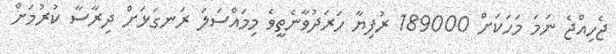
ޖެހިއްޖެ ނަމަ މަހަކަށް 189000 ރުފިޔާ ހަރަދުވާނެތީވެ މިމައްސަލަ ރަނގަޅަށް ދިރާސާ ކުރުމަށް